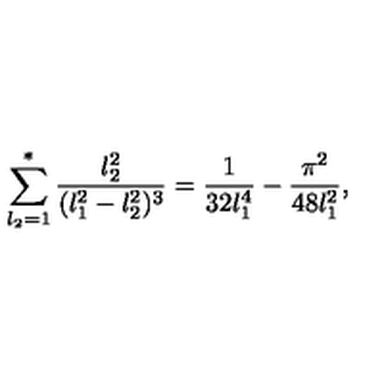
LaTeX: \sum _ { l _ { 2 } = 1 } ^ { * } { \frac { l _ { 2 } ^ { 2 } } { ( l _ { 1 } ^ { 2 } - l _ { 2 } ^ { 2 } ) ^ { 3 } } } = { \frac { 1 } { 3 2 l _ { 1 } ^ { 4 } } } - { \frac { \pi ^ { 2 } } { 4 8 l _ { 1 } ^ { 2 } } } ,